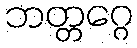
ဘတ္တဂ္ဂေ